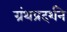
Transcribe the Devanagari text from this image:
ग्रंथप्रदर्शने